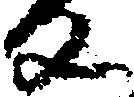
反